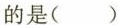
的是( )